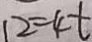
1 2 = 4 t